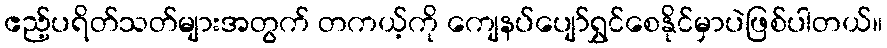
ဧည့်ပရိတ်သတ်များအတွက် တကယ့်ကို ကျေနပ်ပျော်ရွှင်စေနိုင်မှာပဲဖြစ်ပါတယ်။